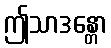
ဤသာဒန္တော